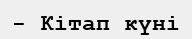
- Кітап күні